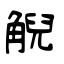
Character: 觬